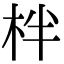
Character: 柈